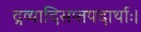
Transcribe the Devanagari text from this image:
द्रव्यादिसप्तपदार्थाः।